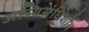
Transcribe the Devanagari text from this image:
अस्थिसंधिशोथ